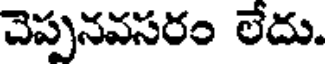
చెప్పనవసరం లేదు.